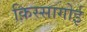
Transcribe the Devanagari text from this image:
क़िस्सागोई